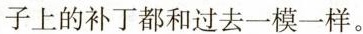
子上的补丁都和过去一模一样。